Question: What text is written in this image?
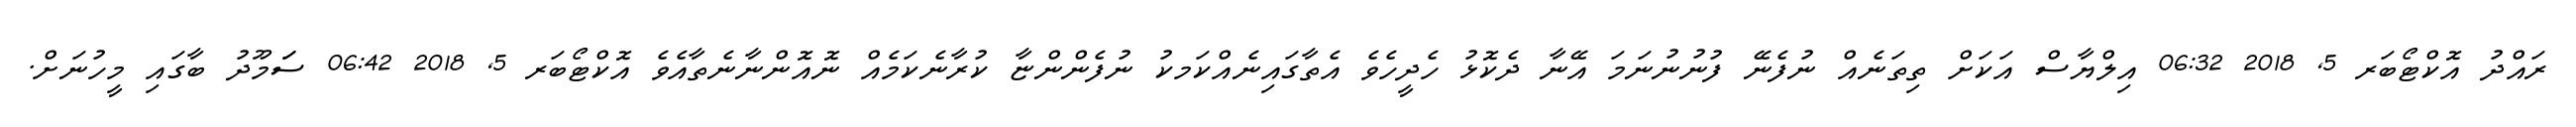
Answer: ރައްދު އޮކްޓޯބަރ 5, 2018 06:32 އިލްޔާސް އަކަށް ތިތަނެއް ނުފެނޭ ފުނުނުނަމަ އޭނާ ދެކޮޅު ހެދީހެވެ އެތާގައިނެއްކަމކު ނުފެންންޏާ ކުރާނެކަމެއް ނޮއޮންނާނެތާއެވެ އޮކްޓޯބަރ 5, 2018 06:42 ސަަމޫދު ބާގައި މީހުނަށް.